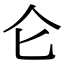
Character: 仑